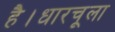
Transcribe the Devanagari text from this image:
है।धारचूला